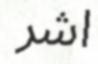
اشر